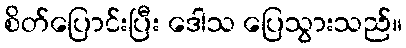
စိတ်ပြောင်းပြီး ဒေါသ ပြေသွားသည်။